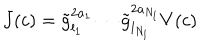
J ( c ) = \tilde { g } _ { l _ { 1 } } ^ { 2 a _ { 1 } } \cdots \tilde { g } _ { l _ { N _ { l } } } ^ { 2 a _ { N _ { l } } } V ( c )